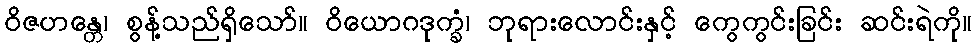
ဝိဇဟန္တေ၊ စွန့်သည်ရှိသော်။ ဝိယောဂဒုက္ခံ၊ ဘုရားလောင်းနှင့် ကွေကွင်းခြင်း ဆင်းရဲကို။